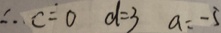
\therefore c = 0 d = 3 a = - 5